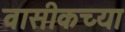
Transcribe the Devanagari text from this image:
वासीकच्या